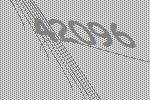
42096